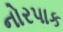
નોરપાક